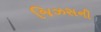
જિઝસની